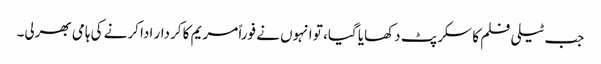
جب ٹیلی فلم کا سکرپٹ دکھایا گیا، تو انہوں نے فوراً مریم کا کردار ادا کرنے کی ہامی بھرلی۔